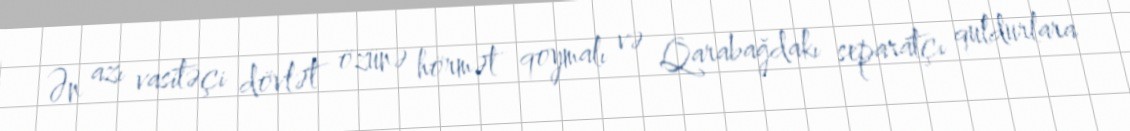
Ən azı vasitəçi dövlət özünə hörmət qoymalı və Qarabağdakı separatçı quldurlara